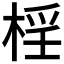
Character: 𣓆